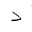
Letter: _dal